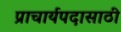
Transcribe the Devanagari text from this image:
प्राचार्यपदासाठी